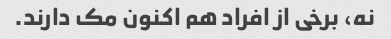
نه، برخی از افراد هم اکنون مک دارند.